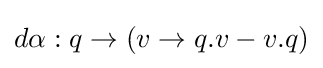
d\alpha :q\to (v\to q.v-v.q)